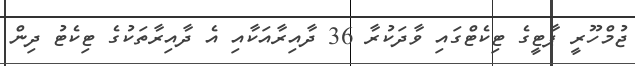
ޖުމްހޫރީ ޕާޓީގެ ޓިކެޓްގައި ވާދަކުރާ 36 ދާއިރާއަކާއި އެ ދާއިރާތަކުގެ ޓިކެޓު ދިން